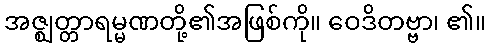
အဇ္ဈတ္တာရမ္မဏတို့၏အဖြစ်ကို။ ဝေဒိတဗ္ဗာ၊ ၏။